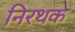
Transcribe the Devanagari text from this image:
निरथक